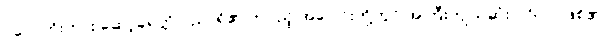
ပလေတိုးကား ဆော့ခရတ္တိ ပညာရှိ၏ တပည့် အပေါင်းတို့တွင် အကြီးကျယ်ဆုံး ပုဂ္ဂိုလ် ဖြစ်၏။